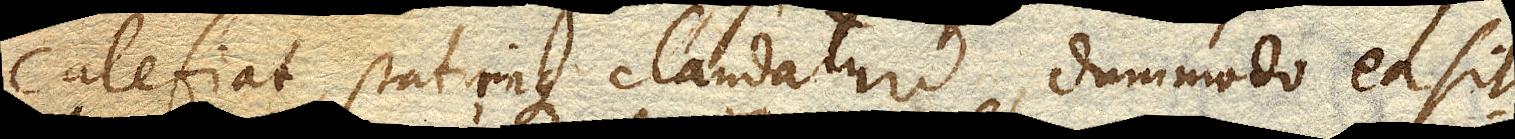
calefiat, statimque claudatur, dummodo ea sit